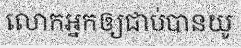
លោកអ្នកឲ្យជាប់បានយូ